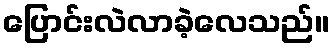
ပြောင်းလဲလာခဲ့လေသည်။